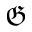
\mathfrak { G }